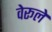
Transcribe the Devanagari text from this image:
वेरूले